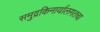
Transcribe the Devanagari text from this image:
समुद्रकिनार्यालगतचा